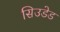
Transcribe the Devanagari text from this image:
सिउडेड